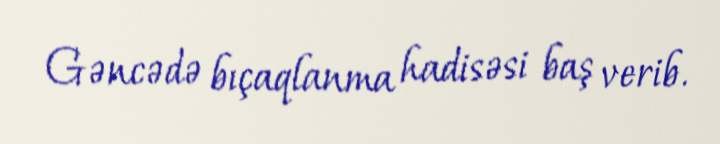
Gəncədə bıçaqlanma hadisəsi baş verib.